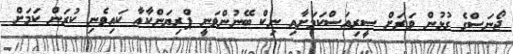
ޖޯނަސްގެ ގުޅުން ވަރަށް ސީރިއަސްކަމަށާއި ނިކް ބޭނުންވަނީ ޕްރިޔަންކާއާ ކައިވެނި ކުރަން ކަމަށް